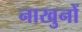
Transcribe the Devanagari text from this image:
नाखुनों